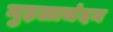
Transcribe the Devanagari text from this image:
गुड़लाचंदन